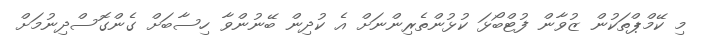
މި ކޭމްޕްތަކުން ޒުވާން ފުޓްބޯޅަ ކުޅުންތެރިންނަށް އެ ކުދިން ބޭނުންވާ ހިސާބަށް ގެންގޮސްދިނުމަށް